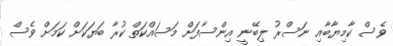
ވެސް ކާމިޔާބާއި ނަސްރު ލިބޭނީ އިންސާފަށް މަސައްކަތް ކުރާ ބަޔަކަށް ކަމަށް ވެސް